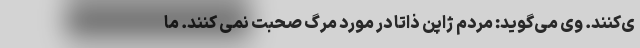
ی‌کنند. وی می‌گوید: مردم ژاپن ذاتا در مورد مرگ صحبت نمی کنند. ما